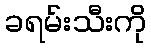
ခရမ်းသီးကို